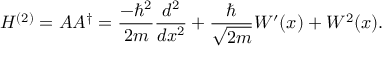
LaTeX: H ^ { ( 2 ) } = A A ^ { \dagger } = { \frac { - \hbar ^ { 2 } } { 2 m } } { \frac { d ^ { 2 } } { d x ^ { 2 } } } + { \frac { \hbar } { \sqrt { 2 m } } } W ^ { \prime } ( x ) + W ^ { 2 } ( x ) .